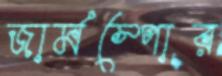
জার্মস্পোর